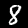
Digit: 8